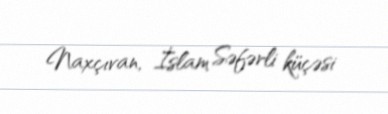
Naxçıvan, İslam Səfərli küçəsi